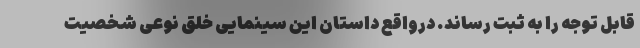
قابل توجه را به ثبت رساند. درواقع داستان این سینمایی خلق نوعی شخصیت